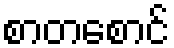
စာတစောင်